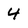
Character: 4